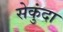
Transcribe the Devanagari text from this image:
सेकुंदा